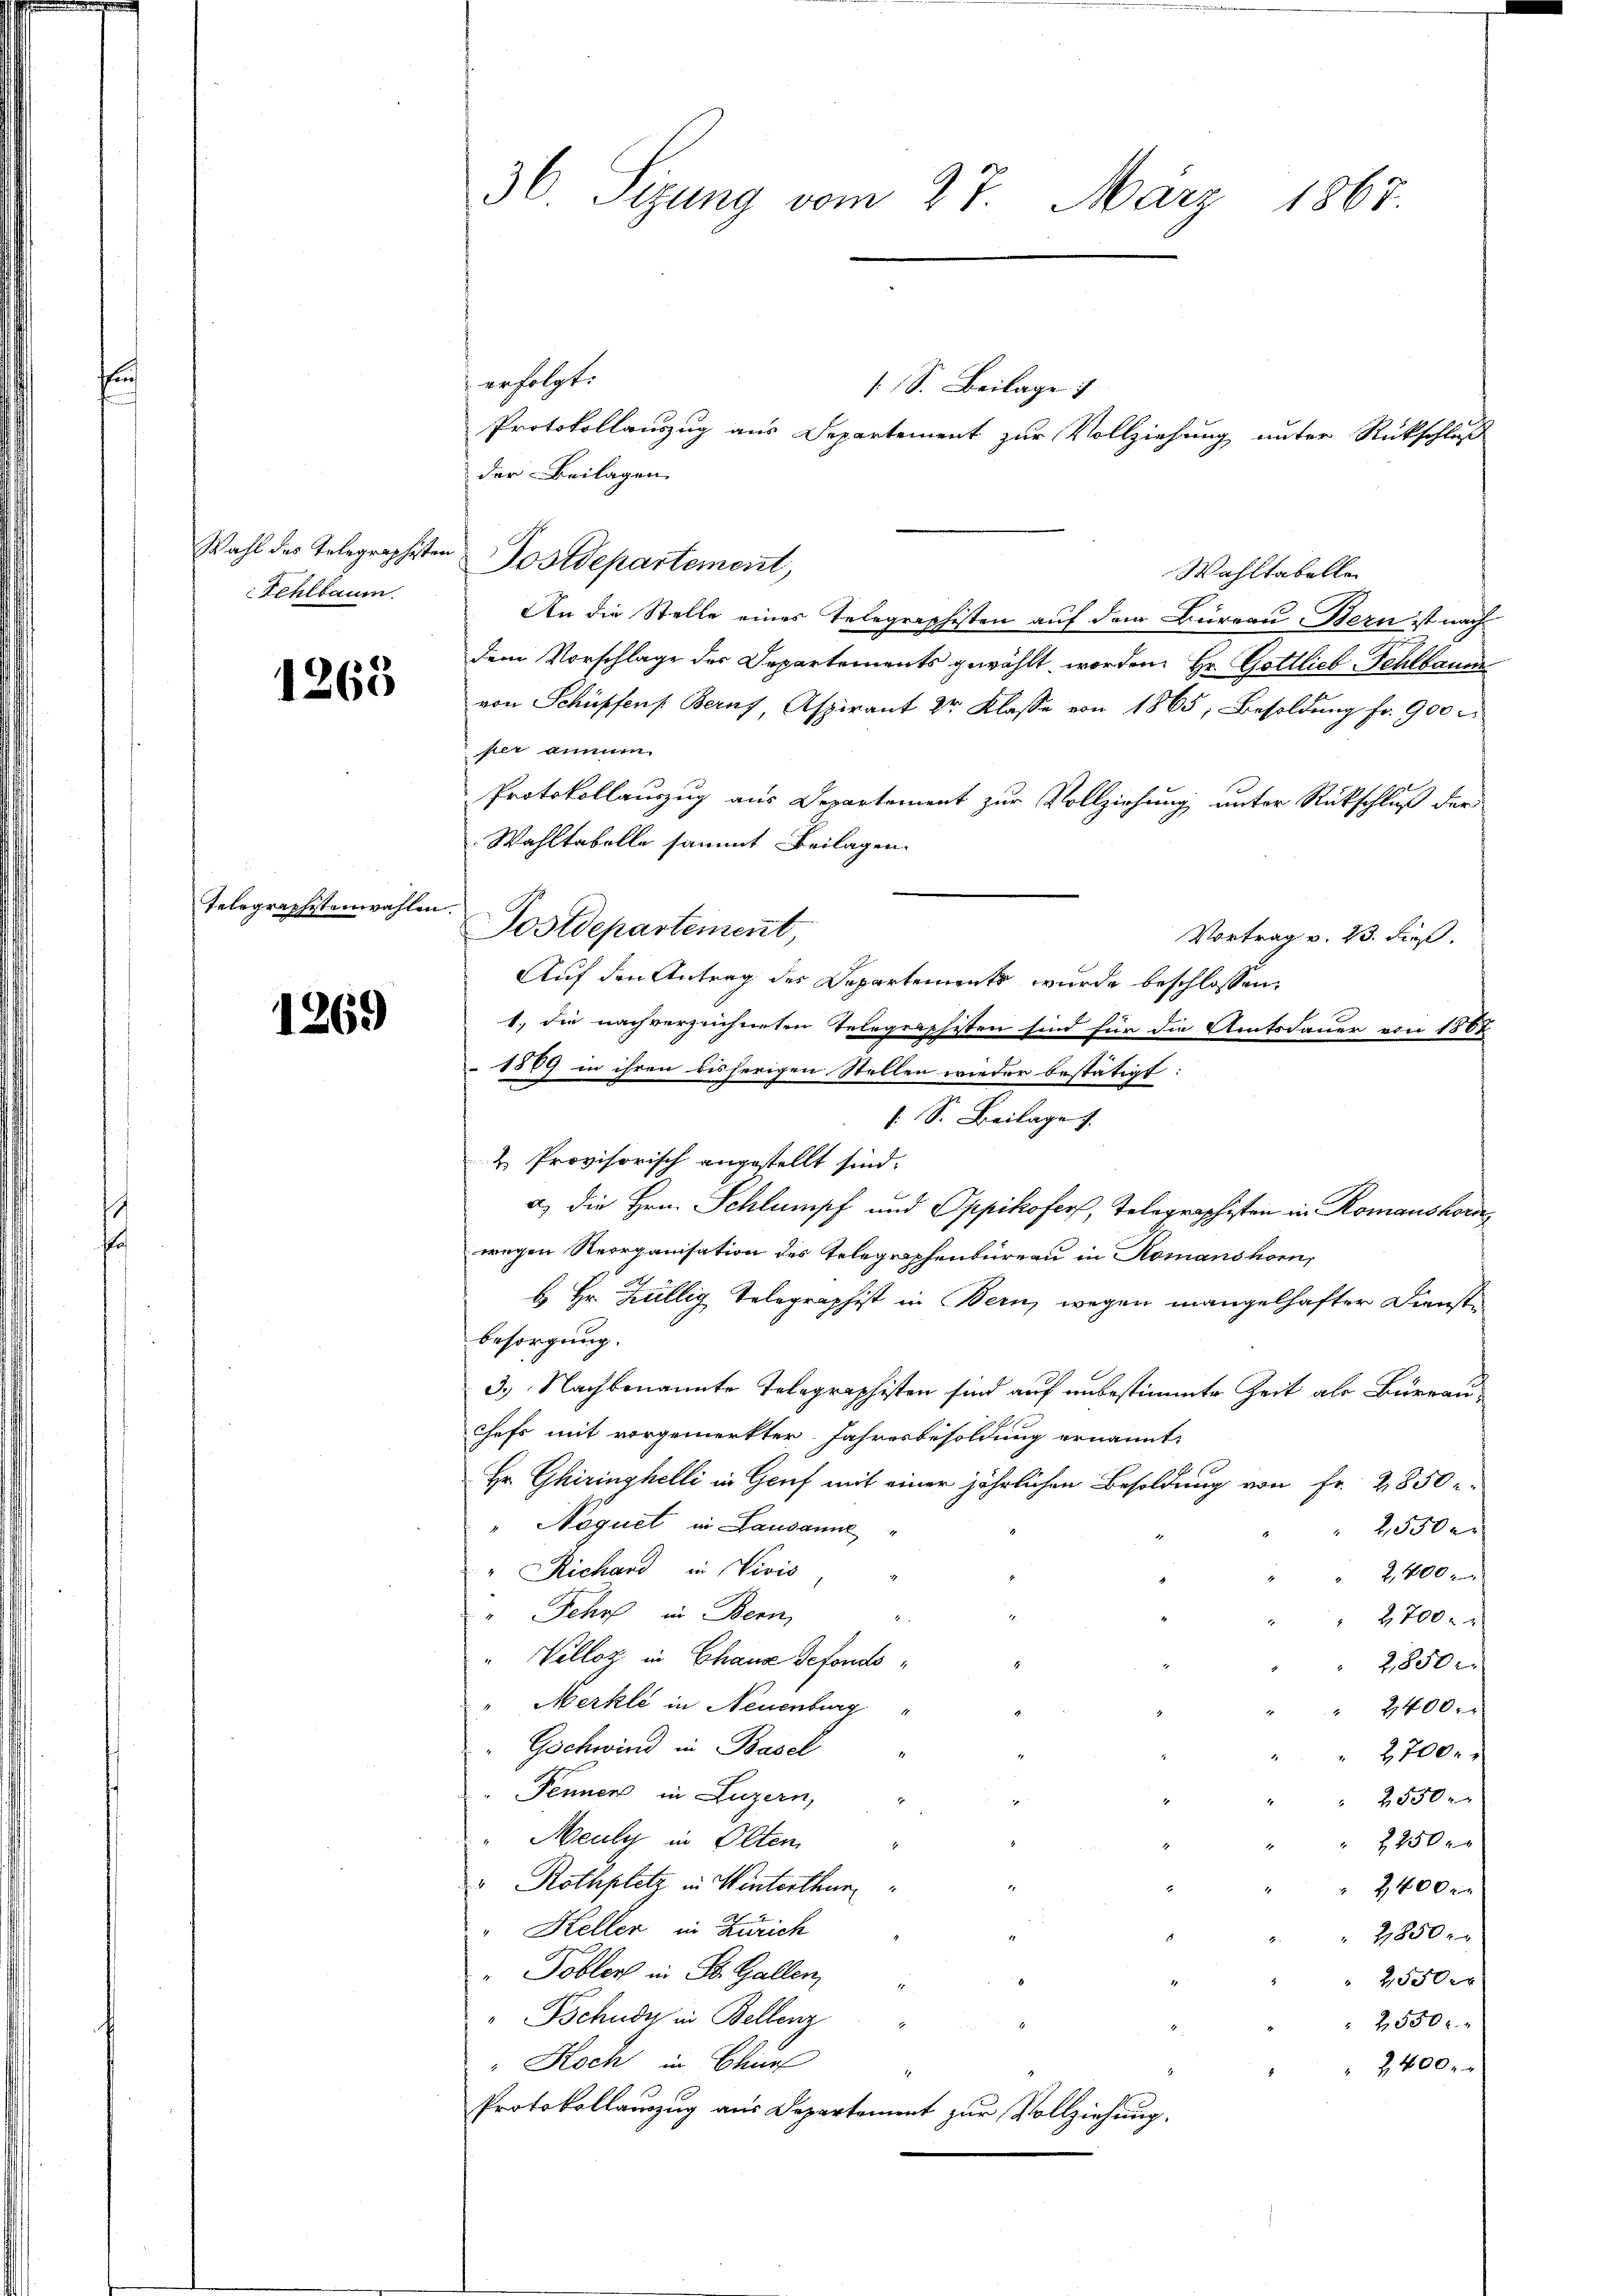
Wahl des Telegraphister
Fehlbaum.

1263

telegraphistenwahlen.

1269

36 Sizung vom 27. März 1867.

erfolgt:
[S. Beilage
Protokollauszug aus Departement zur Vollziehung unter Rückschluß
der Beilagen
Wahltabelle
An die Stelle eines Telegraphisten auf dem Bureau Stern ist nach
dem Vorschlage der Departements gewählt worden. Hr. Gottlieb-Fehlbau
von Schüpfens Bern, Aspirant 2r Klasse von 1865, Besoldung fr. 900
hier annum
Protokollauszug aus Departement zur Vollziehung unter Rückschluß der
Wahltabelle sammt Beilagen.
Postdepartement
Vortrag v. 23. dieß.
Auf den Antrag des Departements wurde beschlossen:
1., die nachverzeichneten Telegraphisten sind für die Amtsdauer von 1867
1889 in ihren bisherigen Stellen wieder bestätigt:
/. S. Beilage
a) die Hrn. Schlumpf und Oppikofers, Telegraphisten in Romanshorn
wegen Reorganisation des Telegraphenbüreau in Romanskomi
b Hr. Züllig Telegraphist in Bern, wegen mangelhafter Dienstbesorgung.
3.) Nachbenannte Telegraphisten sind auf unbestimmte Zeit als Büreau-
Chefs mit vorgemerkter Jahresbesoldung ernannt:
Hr. Ghiringhelli in Genf mit einer jährlichen Besoldung von Fr. 2850
"Naquet in Lausanne
 2550 r
"Richand in Sivis
2,400 x
"Fehr in Bern,
2700 x
Vellotz in Chaux defonds¬
2,850
Merkli in Neuenburg
2400.
Gschwind in Basel
2,700.
Fenner in Luzern,
2550 x
Meuly in Olten
2250 r
" Rothplatz in Winterthun
d
2,400 x
Kellen in Zürich
2,850 m
" Pöbler in St. Gallen,
2,550 er
1
Tschudi in Bellenz
2550 r.
" Koch in Chur
2,400.
.
Protokollauszug aus Departement zur Vollziehung.

Postdepartement,

& Provisorisch angestellt sind.